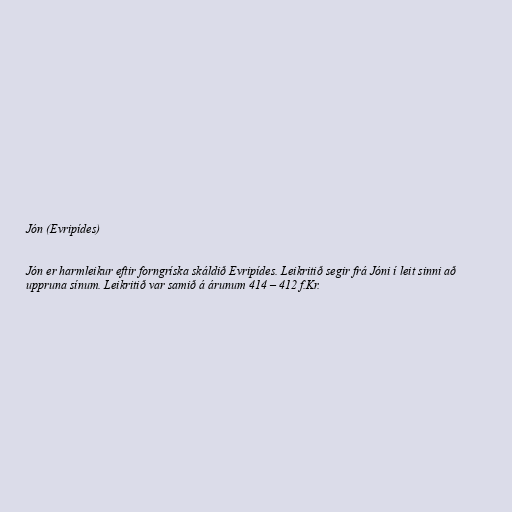
Jón (Evripídes)

Jón er harmleikur eftir forngríska skáldið Evripídes. Leikritið segir frá Jóni í leit sinni að
uppruna sínum. Leikritið var samið á árunum 414 – 412 f.Kr.